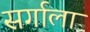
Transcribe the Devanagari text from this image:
सर्गाला